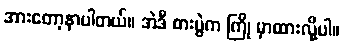
အားတော့နာပါတယ်။ အဲဒီ စားပွဲက ကြို မှာထားလို့ပါ။